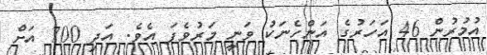
އުމުރުން 46 އަހަރުގެ އަންހެނަކު ވަނީ މަރުވެފަ އެވެ. އަދި 700 އަށް